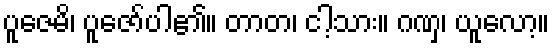
ပူဇေမိ၊ ပူဇော်ပါ၏။ တာတ၊ ငါ့သား။ ဂဏှ၊ ယူလော့။